Calcutta medical institutions reports 1871-78
Year: 1871
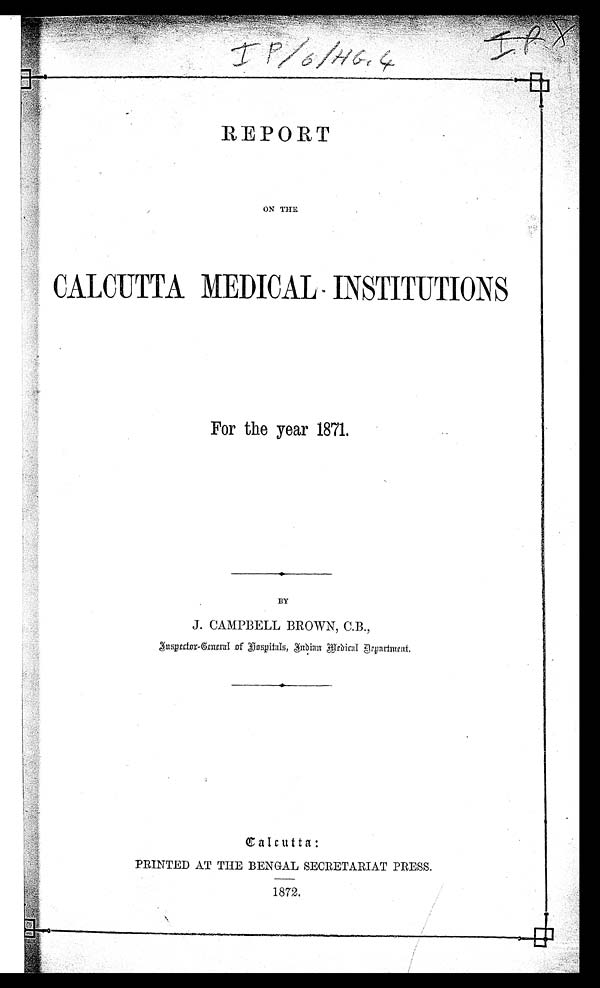
IP/6/HG4 IP
REPORT
ON THE
CALCUTTA MEDICAL INSTITUTIONS
For the year 1871.
BY
J. CAMPBELL BROWN, C.B.,
I n s p e c t o r - G e n e r a l o f H o s p i t a l s , I n d i a n M e d i c a l D e p a r t me n t .
Calcutta:
PRINTED AT THE BENGAL SECRETARIAT PRESS.
1872.